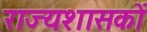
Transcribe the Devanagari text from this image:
राज्यशासकों